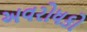
અવરોધકો